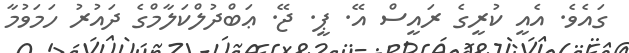
ގައެވެ. އެއީ ކުރީގެ ރައީސް އޭ. ޕީ. ޖޭ. ޢަބްދުލްކަލާމްގެ ދައުރު ހަމަވުމާ